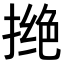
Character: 𪮖